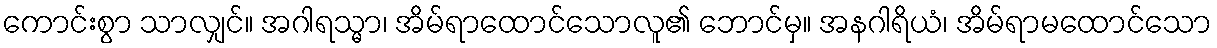
ကောင်းစွာ သာလျှင်။ အဂါရသ္မာ၊ အိမ်ရာထောင်သောလူ၏ ဘောင်မှ။ အနဂါရိယံ၊ အိမ်ရာမထောင်သော